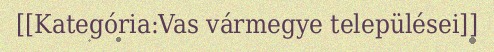
[[Kategória:Vas vármegye települései]]